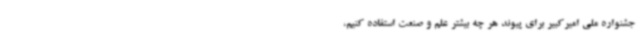
جشنواره ملی امیرکبیر برای پیوند هر چه بیشتر علم و صنعت استفاده کنیم،